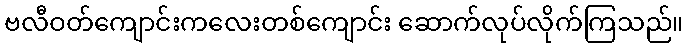
ဗလီဝတ်ကျောင်းကလေးတစ်ကျောင်း ဆောက်လုပ်လိုက်ကြသည်။